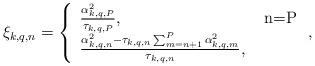
LaTeX: \begin{align*}\xi_{k,q,n}=\left\{\begin{array}{ll}\frac{\alpha_{k,q,P}^2 }{\tau_{k,q,P}}, & ~ $n=P$\\\frac{ \alpha_{k,q,n}^2 - \tau_{k,q,n} \sum^{P}_{m=n+1} \alpha_{k,q,m}^2 }{\tau_{k,q,n}}, & \end{array} \right.,\end{align*}